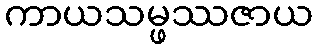
ကာယသမ္ဖဿဇာယ